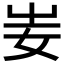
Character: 妛